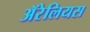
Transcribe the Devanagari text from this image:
ॲरेलियस